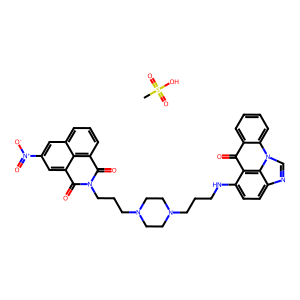
SMILES: CS(=O)(=O)O.O=C1c2cccc3cc([N+](=O)[O-])cc(c23)C(=O)N1CCCN1CCN(CCCNc2ccc3ncn4c5ccccc5c(=O)c2c34)CC1
Inhibits HIV replication: No